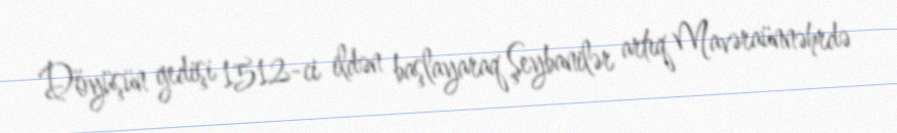
Döyüşün gedişi 1512-ci ildən başlayaraq Şeybanilər artıq Mavəraünnəhrdə